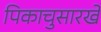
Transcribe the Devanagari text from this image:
पिकाचुसारखे